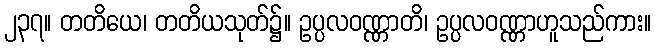
၂၃၇။ တတိယေ၊ တတိယသုတ်၌။ ဥပ္ပလဝဏ္ဏာတိ၊ ဥပ္ပလဝဏ္ဏာဟူသည်ကား။